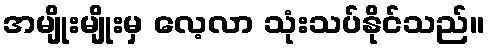
အမျိုးမျိုးမှ လေ့လာ သုံးသပ်နိုင်သည်။